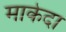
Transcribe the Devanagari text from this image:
माकेदा